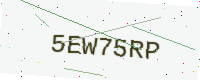
Text: 5EW75RP